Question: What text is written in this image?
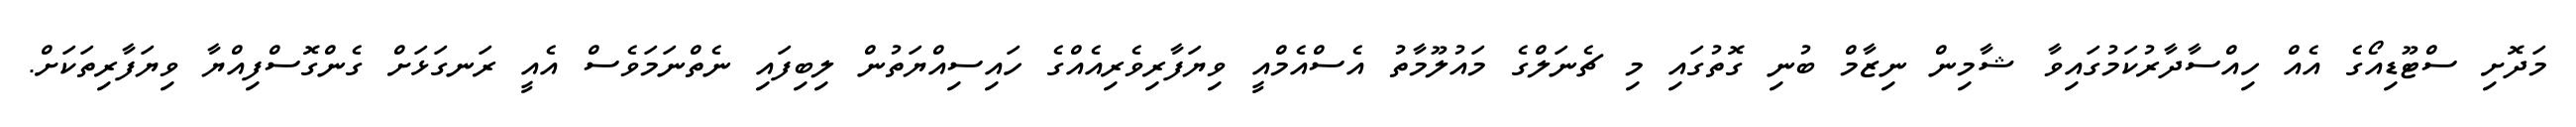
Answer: މަދޮށި ސްޓޫޑިއޯގެ އެއް ހިއްސާދާރުކަމުގައިވާ ޝާމިން ނިޒާމް ބުނި ގޮތުގައި މި ޗެނަލްގެ މައުލޫމާތު އެސްއެމްއީ ވިޔަފާރިވެރިއެއްގެ ހައިސިއްޔަތުން ލިބިފައި ނެތްނަމަވެސް އެއީ ރަނގަޅަށް ގެންގޮސްފިއްޔާ ވިޔަފާރިތަކަށް.